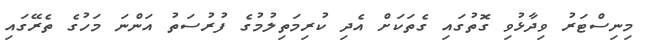
މިނިސްޓަރު ވިދާޅުވި ގޮތުގައި ގެތަކަށް އެދި ކުރިމަތިލުމުގެ ފުރުސަތު އަންނަ މަހުގެ ތެރޭގައި